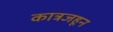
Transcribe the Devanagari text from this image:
कात्रजहून